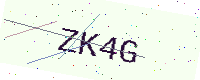
Text: ZK4G